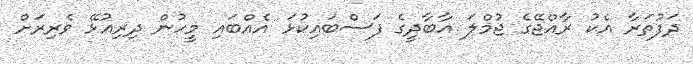
ދަފުތަރާ އެކު ރާއްޖޭގެ ޖުމްލަ އާބާދީގެ ފަސްބައިކުޅަ އެއްބައި މީހުން ދިރިއުޅޭ ވެރިރަށް